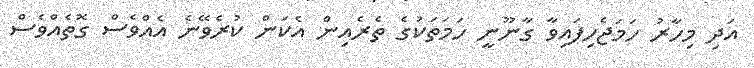
އަދި މިހާރު ހަމަޖެހިފައިވާ ގާނޫނީ ހަމަތަކުގެ ތެރެއިން އެކަން ކުރެވޭނެ އެއްވެސް ގޮތެއްވެސް